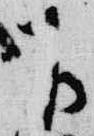
下